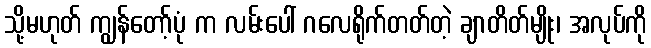
သို့မဟုတ် ကျွန်တော့်ပုံ က လမ်းပေါ် ဂလေရိုက်တတ်တဲ့ ချာတိတ်မျိုး၊ အလုပ်ကို